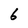
Character: 6